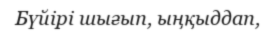
Бүйірі шығып, ыңқыддап,